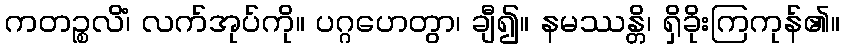
ကတဉ္စလိံ၊ လက်အုပ်ကို။ ပဂ္ဂဟေတွာ၊ ချီ၍။ နမဿန္တိ၊ ရှိခိုးကြကုန်၏။